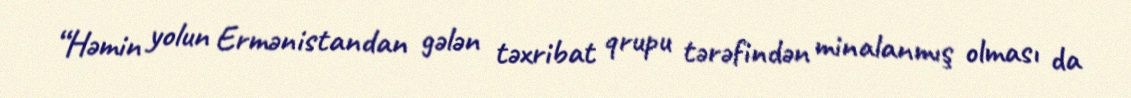
“Həmin yolun Ermənistandan gələn təxribat qrupu tərəfindən minalanmış olması da